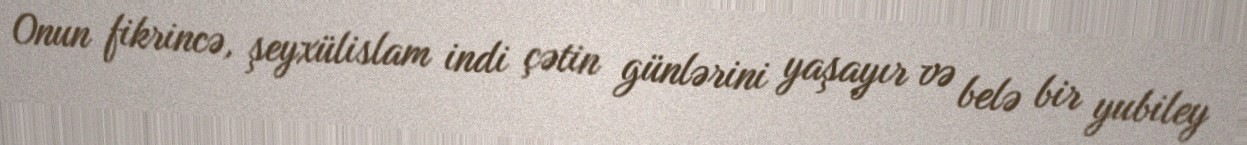
Onun fikrincə, şeyxülislam indi çətin günlərini yaşayır və belə bir yubiley